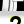
Digit: 2